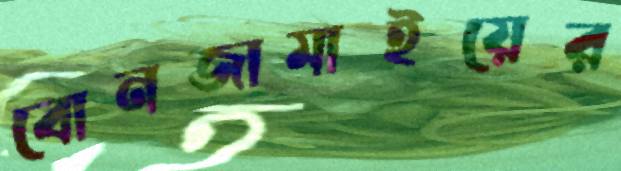
বোনজামাইয়ের